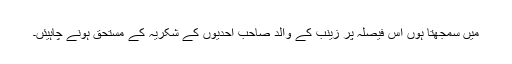
میں سمجھتا ہوں اس فیصلہ پر زینب کے والد صاحب احدیوں کے شکریہ کے مستحق ہونے چاہیئں۔